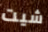
شيت